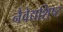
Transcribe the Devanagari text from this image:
नैवेद्यशिष्ट